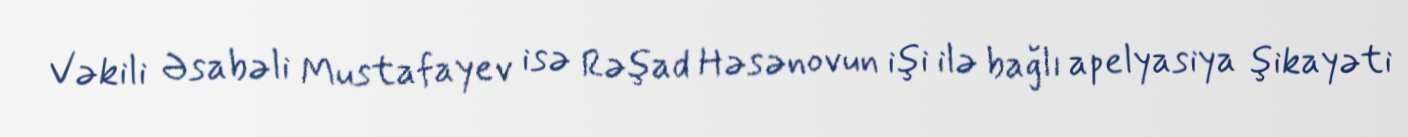
Vəkili Əsabəli Mustafayev isə Rəşad Həsənovun işi ilə bağlı apelyasiya şikayəti